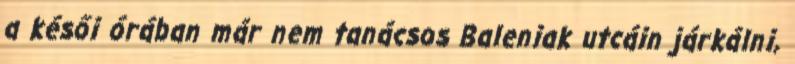
a késői órában már nem tanácsos Baleniak utcáin járkálni,